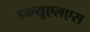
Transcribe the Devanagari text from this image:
डब्ल्यूएलएस